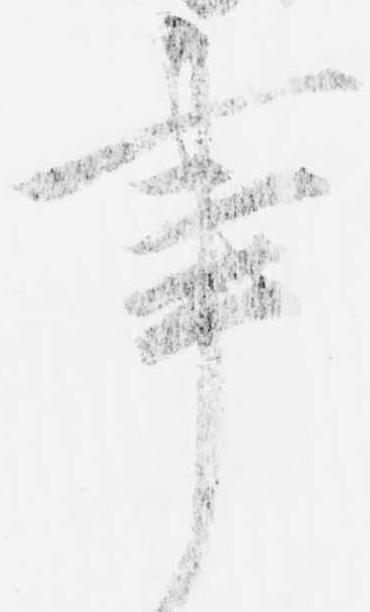
事